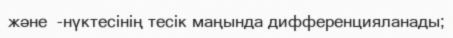
және  -нүктесінің тесік маңында дифференцияланады;